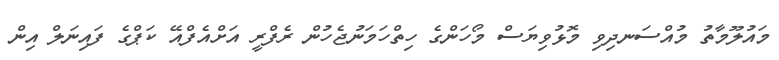
މައުލޫމާތު މުއްސަނދިވި މޮޅުވިޔަސް މޯހަންގެ ހިތްހަމަނުޖެހުން ރެފްރީ އަށްއެފްއޭ ކަޕްގެ ފައިނަލް އިން